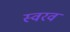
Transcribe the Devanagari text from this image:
स्वरव